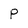
Character: P